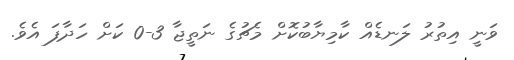
ވަނީ އިތުރު ލަނޑެއް ކާމިޔާބުކޮށް މެޗުގެ ނަތީޖާ 3-0 ކަށް ހަދާފަ އެވެ.